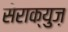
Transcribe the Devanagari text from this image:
सेराक्युज़